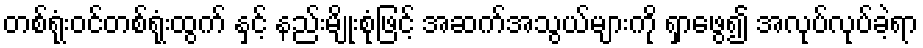
တစ်ရုံးဝင်တစ်ရုံးထွက် နှင့် နည်းမျိုးစုံဖြင့် အဆက်အသွယ်များကို ရှာဖွေ၍ အလုပ်လုပ်ခဲ့ရာ